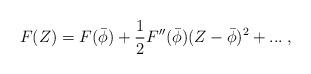
\begin{align*}F(Z) = F(\bar{\phi}) + {1 \over 2} F''(\bar{\phi}) (Z - \bar{\phi})^2 + ... \; ,\end{align*}